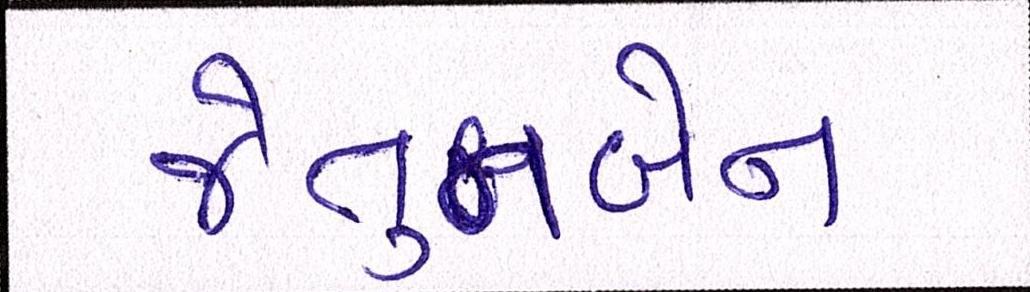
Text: જેતુનબેન